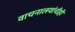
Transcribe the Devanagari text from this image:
वाचनालयांचीही